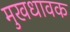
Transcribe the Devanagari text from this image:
मुखधावक